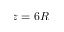
z = 6 R